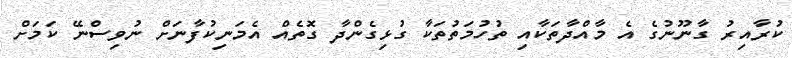
ކުރާއިރު ގާނޫނުގެ އެ މާއްދާތަކާއި ތުހުމަތުތަކާ ގުޅިގެންދާ ގޮތެއް އެމަނިކުފާނަށް ނުވިސްނޭ ކަމަށް